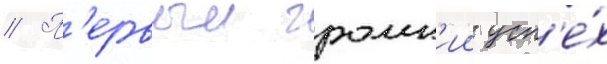
// П'ервыи громк'ии усп'е́х